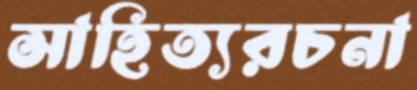
সাহিত্যরচনা